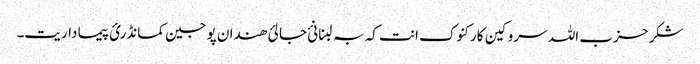
شکر حزب اللہ سروکین کارکنوک انت کہ بہ لبنانئ جالئ ھندان پوجین کمانڈرئ پیما داریت۔